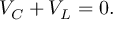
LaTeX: V _ { C } + V _ { L } = 0 .